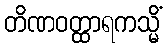
တိဏဝတ္ထာရကသ္မိံ